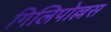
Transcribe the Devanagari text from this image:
गिलिपोल्लस